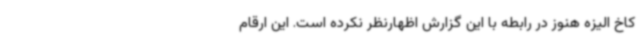
کاخ الیزه هنوز در رابطه با این گزارش اظهارنظر نکرده است. این ارقام